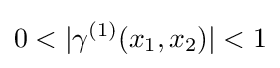
0<|\gamma ^{(1)}(x_{1},x_{2})|<1